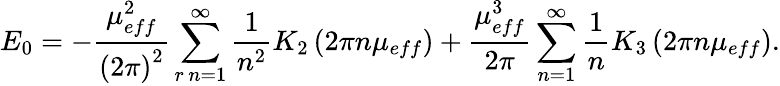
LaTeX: E_{0}=-\frac{\mu_{eff}^{2}}{\left(2\pi\right)^{2}}\sum_{r\, n=1}^{\infty}\frac{1}{n^{2}}K_{2}\left(2\pi n\mu_{eff}\right)+\frac{\mu_{eff}^{3}}{2\pi}\sum_{n=1}^{\infty}\frac{1}{n}K_{3}\left(2\pi n\mu_{eff}\right).